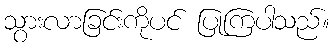
သွားလာခြင်းကိုပင် ပြုကြပါသည်။